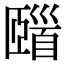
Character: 𩠢